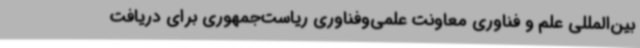
بین‌المللی علم و فناوری معاونت علمی‌وفناوری ریاست‌جمهوری برای دریافت